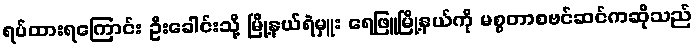
ရပ်ထားရကြောင်း ဦးခေါင်းသို့ မြို့နယ်ရဲမှူး ရေဖြူမြို့နယ်ကို မစ္စတာစဗင်ဆင်ကဆိုသည်